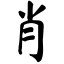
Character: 肖